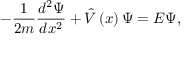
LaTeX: - \frac 1 { 2 m } \frac { d ^ { 2 } \Psi } { d x ^ { 2 } } + \hat { V } \left( x \right) \Psi = E \Psi ,